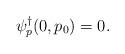
LaTeX: \begin{align*}\psi^\dagger_p(0,p_0) = 0.\end{align*}